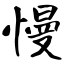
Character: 慢